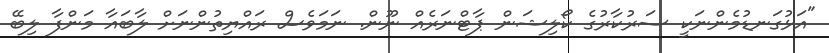
"އަޅުގަނޑުމެންނަކީ ސަރުކާރުގެ ކޯލިޝަން ޕާޓްނަރެއް ނޫން. ނަމަވެސް ރައްޔިތުންނަށް ލާބައާ މަންފާ ލިބޭ